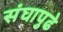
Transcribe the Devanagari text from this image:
संघापुढे